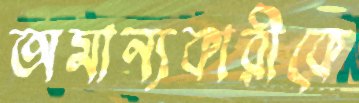
অমান্যকারীকে